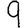
Digit: 9